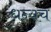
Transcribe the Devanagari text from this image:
धन्यच